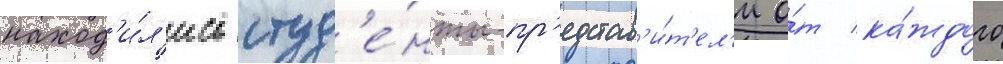
наход'и́л'ись студ'е́нты-пр'едстав'и́т'ел'и о́т ка́ждого